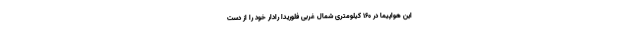
این هواپیما در ۱۶۰ کیلومتری شمال غربی فلوریدا رادار خود را از دست